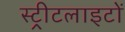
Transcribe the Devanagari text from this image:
स्‍ट्रीटलाइटों